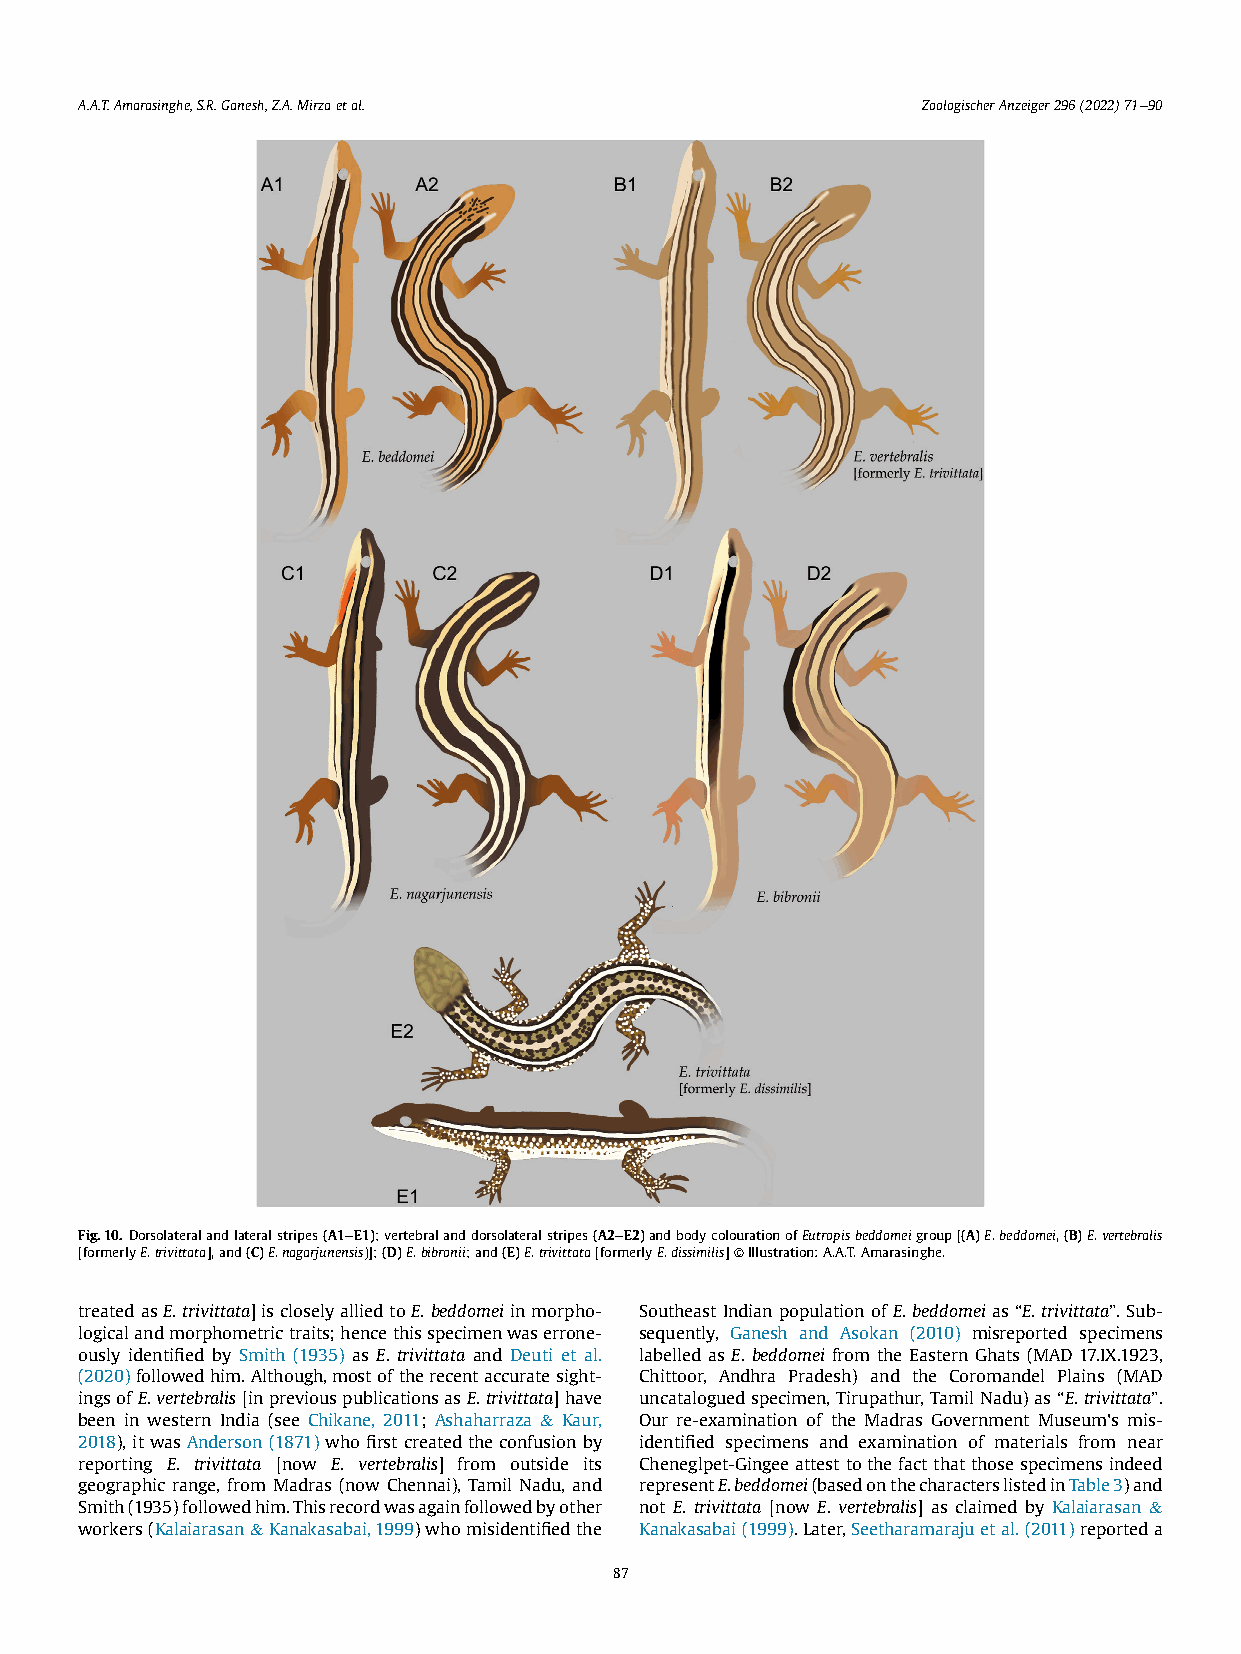
A.A.T.Amarasinghe,S.R.Ganesh,Z.A.Mirzaetal.             ZoologischerAnzeiger296(2022)71e90
 Fig.10. Dorsolateralandlateralstripes(A1eE1);vertebralanddorsolateralstripes(A2eE2)andbodycolourationofEutropisbeddomeigroup[(A)E.beddomei,(B)E.vertebralis
 [formerlyE.trivittata],and(C)E.nagarjunensis)];(D)E.bibronii;and(E)E.trivittata[formerlyE.dissimilis]©Illustration:A.A.T.Amarasinghe.
 treatedasE.trivittata]iscloselyalliedtoE.beddomeiinmorpho- SoutheastIndianpopulation of E. beddomeias “E.trivittata”. Sub-
 logicalandmorphometrictraits;hencethisspecimenwaserrone- sequently, Ganesh and Asokan (2010) misreported specimens
 ously identified by Smith (1935) as E. trivittata and Deuti et al. labelled as E. beddomei from the Eastern Ghats (MAD 17.IX.1923,
 (2020)followedhim.Although,mostoftherecentaccuratesight- Chittoor, Andhra Pradesh) and the Coromandel Plains (MAD
 ingsofE.vertebralis[inpreviouspublicationsasE.trivittata]have uncataloguedspecimen,Tirupathur,TamilNadu)as“E.trivittata”.
 been in western India (see Chikane, 2011; Ashaharraza & Kaur, Our re-examination of the Madras Government Museum's mis-
 2018),itwasAnderson(1871)whofirstcreatedtheconfusionby identified specimens and examination of materials from near
 reporting E. trivittata [now E. vertebralis] from outside its Cheneglpet-Gingeeattesttothefactthatthosespecimensindeed
 geographic range, from Madras (now Chennai), Tamil Nadu, and representE.beddomei(basedonthecharacterslistedinTable3)and
 Smith(1935)followedhim.Thisrecordwasagainfollowedbyother not E. trivittata [now E. vertebralis] as claimed by Kalaiarasan &
 workers(Kalaiarasan&Kanakasabai,1999)whomisidentifiedthe Kanakasabai(1999).Later,Seetharamarajuetal.(2011)reporteda
 87